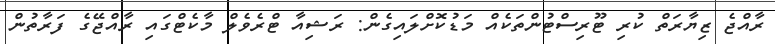
ރާއްޖެ ޒިޔާރަތް ކުރި ޓޫރިސްޓުންތަކެއް މަޑުކޮށްލައިގެން: ރަޝިއާ ޓްރެވެލް މާކެޓްގައި ރާއްޖޭގެ ފަރާތުން